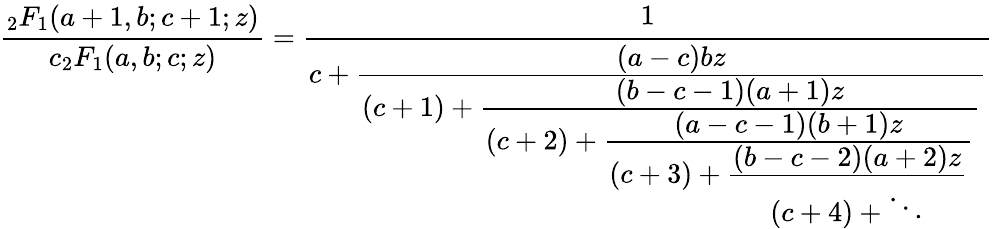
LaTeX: {\frac{_{2}F_{1}(a+1,b;c+1;z)}{c_{2}F_{1}(a,b;c;z)}}={\cfrac{1}{c+{\cfrac{(a-c)bz}{(c+1)+{\cfrac{(b-c-1)(a+1)z}{(c+2)+{\cfrac{(a-c-1)(b+1)z}{(c+3)+{\cfrac{(b-c-2)(a+2)z}{(c+4)+\ddots}}}}}}}}}}